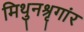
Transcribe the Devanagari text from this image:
मिथुनश्रृगांर